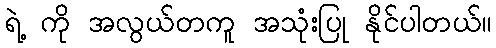
ရဲ့ ကို အလွယ်တကူ အသုံးပြု နိုင်ပါတယ်။